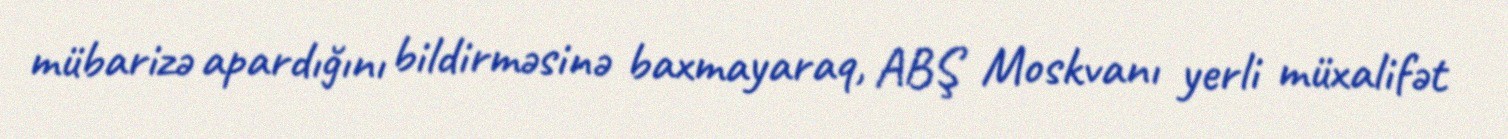
mübarizə apardığını bildirməsinə baxmayaraq, ABŞ Moskvanı yerli müxalifət